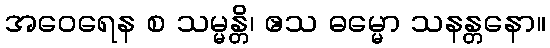
အဝေရေန စ သမ္မန္တိ၊ ဧသ ဓမ္မော သနန္တနော။